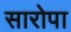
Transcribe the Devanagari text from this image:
सारोपा